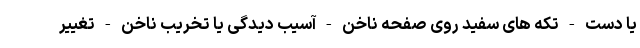
یا دست - تکه های سفید روی صفحه ناخن - آسیب دیدگی یا تخریب ناخن - تغییر